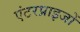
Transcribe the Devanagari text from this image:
एंटरप्राइजों